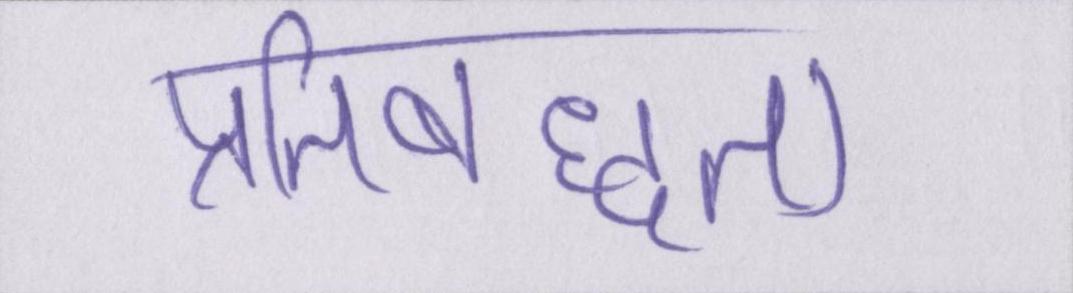
प्रतिबध्दता